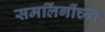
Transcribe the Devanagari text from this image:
समलिंगींच्या